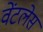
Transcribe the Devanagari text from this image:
वेंटलेस